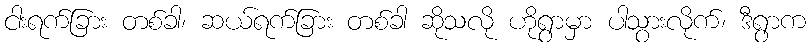
ငါးရက်ခြား တစ်ခါ၊ ဆယ်ရက်ခြား တစ်ခါ ဆိုသလို ဟိုရွာမှာ ပါသွားလိုက်၊ ဒီရွာက